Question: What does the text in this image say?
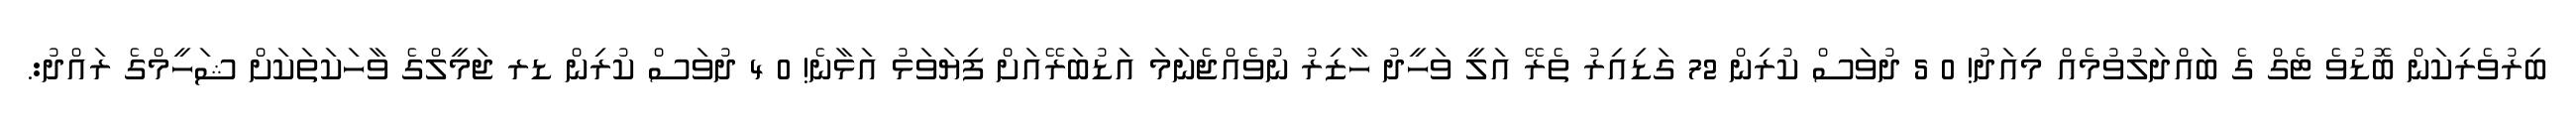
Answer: ބިރުވެރިކަން ބޮޑުވެ ޓެގް ގެ ބައްދަލުވުމެއް މިއަދު! 0 5 ދުވަސް ކުރިން 72 ގަޑިއިރު ތެރޭ އަލީ ވަހީދު ހާޒިރު ނުވެއްޖެނަމަ އަޑުބަރޭއަށް ފިޔަވަޅު އަޅާނެ! 0 4 ދުވަސް ކުރިން ޑރ ޖަމީލްގެ ވާހަކަތަކަށް ޝަހީމްގެ ރައްދު:.